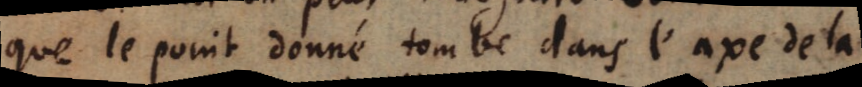
que le point donné tombe dans l’axe de la